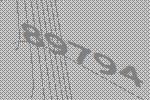
89794